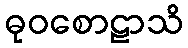
ဓုဝစောဠာသိ